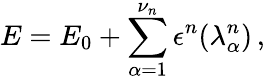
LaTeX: E=E_{0}+\sum_{\alpha=1}^{\nu_{n}}\epsilon^{n}(\lambda_{\alpha}^{n})\, ,